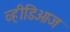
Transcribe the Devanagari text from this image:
व्हीडिओज